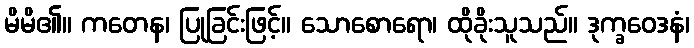
မိမိ၏။ ကတေန၊ ပြုခြင်းဖြင့်။ သောစောရော၊ ထိုခိုးသူသည်။ ဒုက္ခဝေဒနံ၊